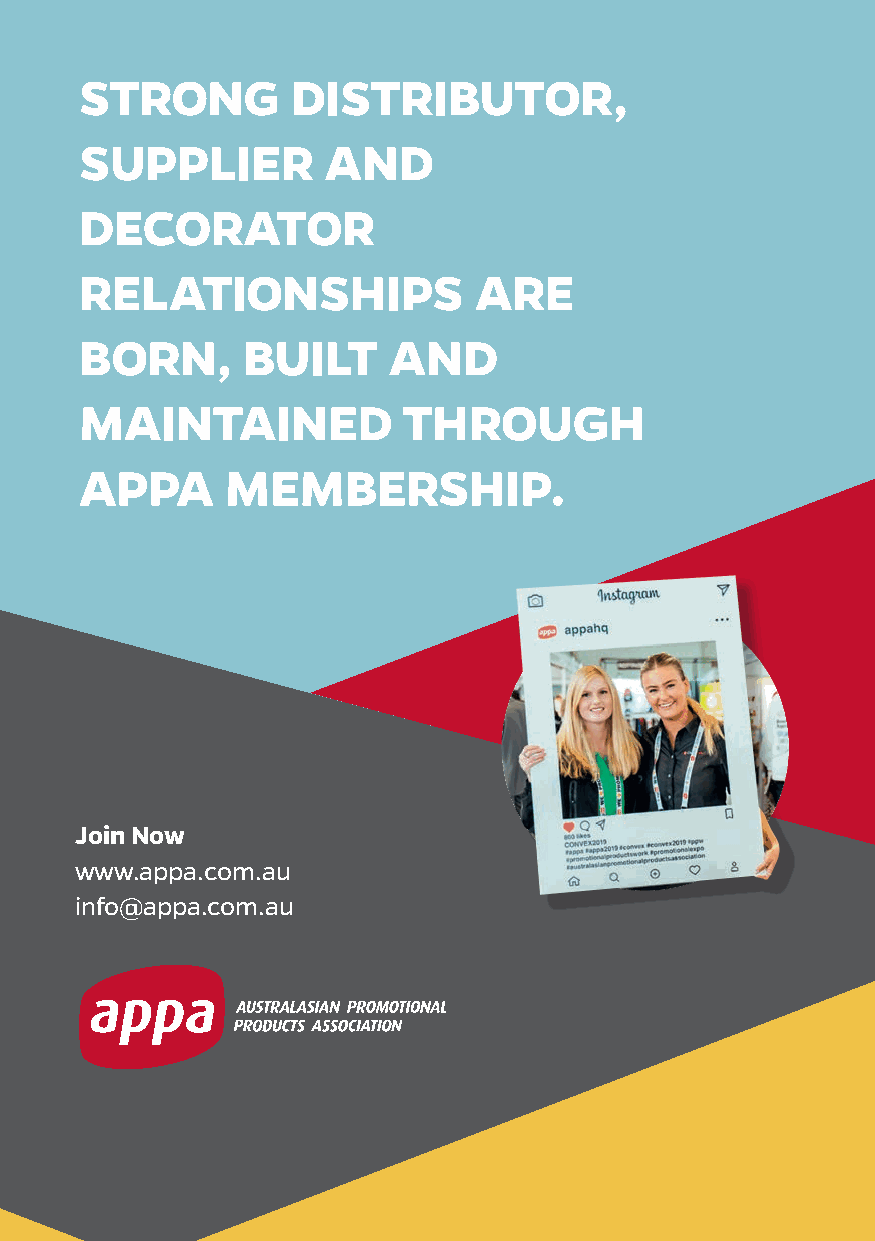
STRONG        DISTRIBUTOR,
 SUPPLIER        AND
 DECORATOR
 RELATIONSHIPS             ARE
 BORN,      BUILT     AND
 MAINTAINED            THROUGH
 APPA      MEMBERSHIP.
 Join Now
 www.appa.com.au
 info@appa.com.au